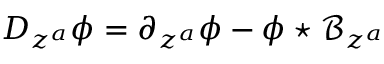
D _ { z ^ { a } } \phi = \partial _ { z ^ { a } } \phi - \phi \star \mathcal { B } _ { z ^ { a } }